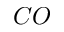
C O